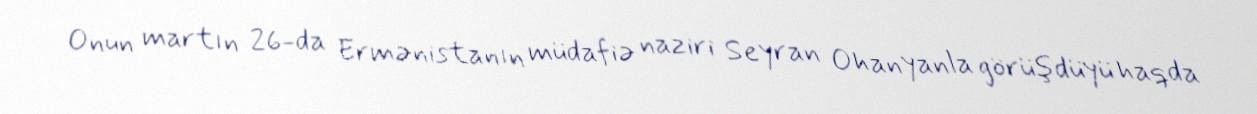
Onun martın 26-da Ermənistanın müdafiə naziri Seyran Ohanyanla görüşdüyü haqda